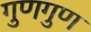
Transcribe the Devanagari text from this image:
गुणगुण